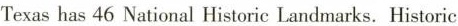
Texashas 46 National Historic Landmarks. Historic